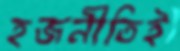
হজনীতিই